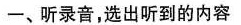
-、听录音,选出听到的内容